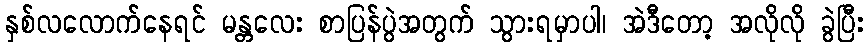
နှစ်လလောက်နေရင် မန္တလေး စာပြန်ပွဲအတွက် သွားရမှာပါ၊ အဲဒီတော့ အလိုလို ခွဲပြီး